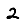
Digit: 2